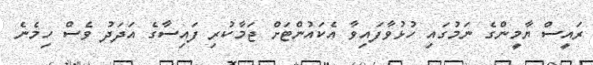
ރައީސް ޔާމީންގެ ނަމުގައި ހުޅުވާފައިވާ އެކައުންޓަށް ޖަމާކުރި ފައިސާގެ އަދަދު ވެސް ހިމެނެ